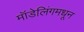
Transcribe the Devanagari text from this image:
मॉडेलिंगमधून